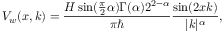
V _ { w } ( x , k ) = \frac { H \sin ( \frac { \pi } { 2 } \alpha ) \Gamma ( \alpha ) 2 ^ { 2 - \alpha } } { \pi \hbar } \frac { \sin ( 2 x k ) } { | k | ^ { \alpha } } ,